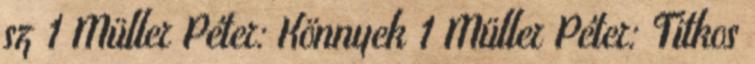
sz 1 Müller Péter: Könnyek 1 Müller Péter: Titkos